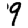
Digit: 9